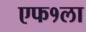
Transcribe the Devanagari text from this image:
एफ१ला